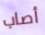
أصاب